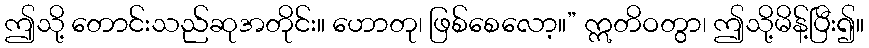
ဤသို့ တောင်းသည်ဆုအတိုင်း။ ဟောတု၊ ဖြစ်စေလော့။” ဣတိဝတွာ၊ ဤသို့မိန့်ပြီး၍။